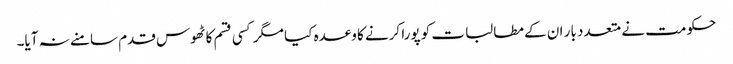
حکومت نے متعدد بار ان کے مطالبات کو پورا کرنے کا وعدہ کیا مگر کسی قسم کا ٹھوس قدم سامنے نہ آیا۔